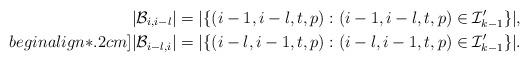
LaTeX: \begin{align*}&|\mathcal{B}_{i,i-l}|=|\{(i-1,i-l,t,p):(i-1,i-l,t,p)\in \mathcal{I}'_{k-1}\}|,\ \ \ \ \ \\begin{align*}.2cm]&|\mathcal{B}_{i-l,i}|=|\{(i-l,i-1,t,p):(i-l,i-1,t,p)\in \mathcal{I}'_{k-1}\}|.\end{align*}